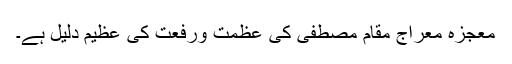
معجزہ معراج مقام مصطفیۖ کی عظمت ورفعت کی عظیم دلیل ہے۔